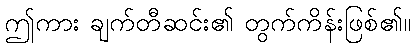
ဤကား ချက်တီဆင်း၏ တွက်ကိန်းဖြစ်၏။